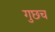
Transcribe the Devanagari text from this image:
गुछच